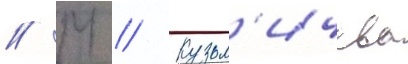
// М // Кузьм'ичева